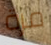
مرة